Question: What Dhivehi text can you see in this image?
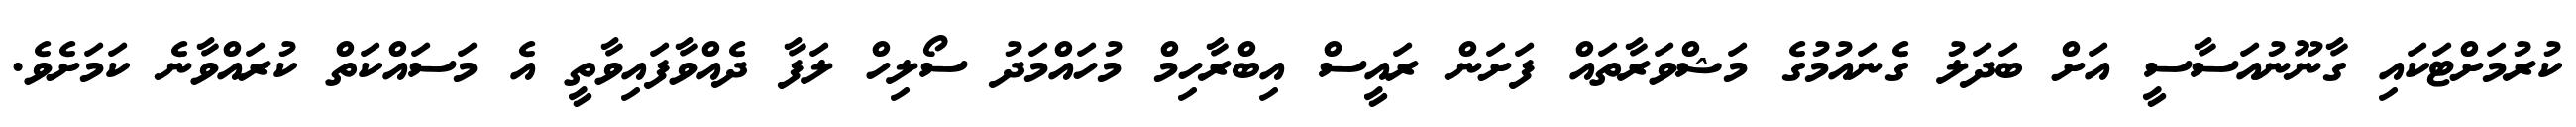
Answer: ކުރުމަށްޓަކައި ގާނޫނުއަސާސީ އަށް ބަދަލު ގެނައުމުގެ މަޝްވަރާތައް ފަށަން ރައީސް އިބްރާހިމް މުހައްމަދު ސޯލިހް ލަފާ ދެއްވާފައިވާތީ އެ މަސައްކަތް ކުރައްވާނެ ކަމަށެވެ.